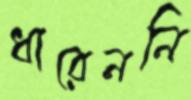
ধারেননি